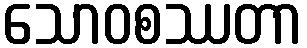
သောဝစဿတာ